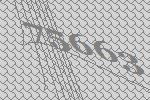
75663